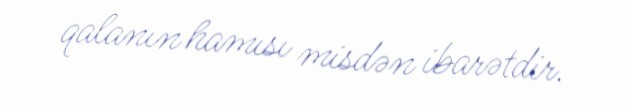
qalanın hamısı misdən ibarətdir.